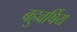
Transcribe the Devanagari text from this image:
बहुवर्षिय